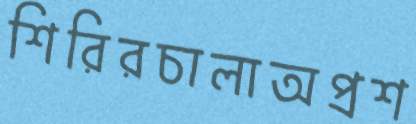
শিরিরচালাঅপ্রশ